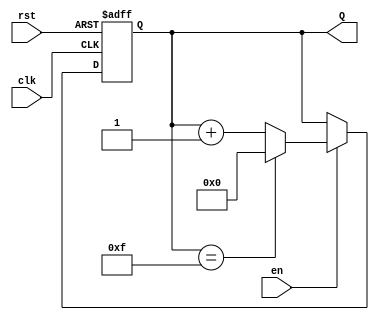
module binary_up_counter #(
    parameter N = 4  // Number of bits for the counter (default is 4 bits)
)(
    input wire clk,   // Clock input
    input wire rst,   // Asynchronous reset input
    input wire en,    // Enable input
    output reg [N-1:0] Q  // n-bit output for the counter
);

// Always block triggered on the rising edge of the clock
always @(posedge clk or posedge rst) begin
    if (rst) begin
        // Asynchronous reset: set counter to 0
        Q <= 0;
    end else if (en) begin
        // Increment the counter if enabled
        if (Q == (1 << N) - 1) begin
            // Wrap around if maximum value is reached
            Q <= 0;
        end else begin
            Q <= Q + 1;
        end
    end
    // If enable is low, retain the current value of Q
end

endmodule